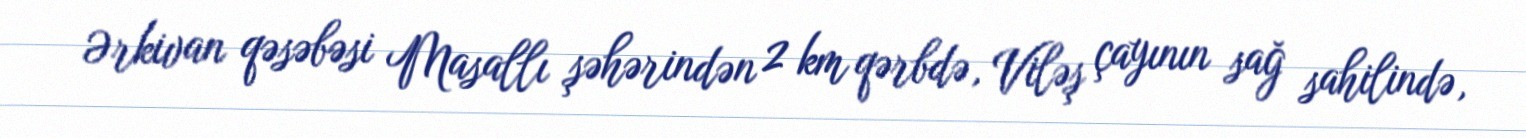
Ərkivan qəsəbəsi Masallı şəhərindən 2 km qərbdə, Viləş çayının sağ sahilində,